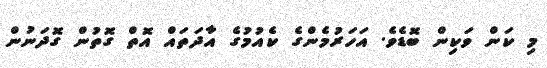
މި ކަން ވަކިން ބޮޑެވެ. އަހަރުމެންގެ ކެއުމުގެ އާދަތައް އޮތް ގޮތުން ގޮދަނުން